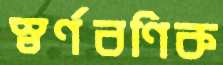
স্বর্ণবণিক